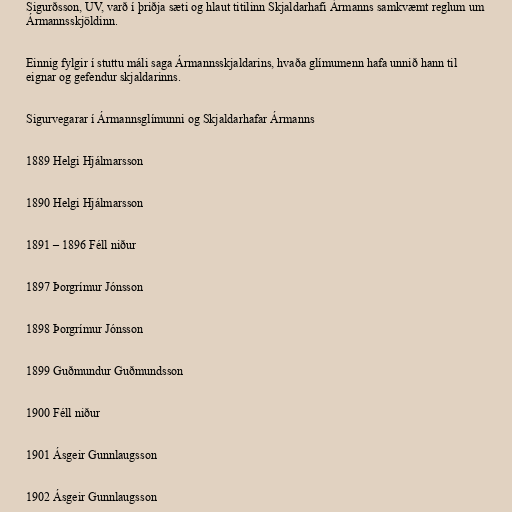
Sigurðsson, UV, varð í þriðja sæti og hlaut titilinn Skjaldarhafi Ármanns samkvæmt reglum um
Ármannsskjöldinn.

Einnig fylgir í stuttu máli saga Ármannsskjaldarins, hvaða glímumenn hafa unnið hann til
eignar og gefendur skjaldarinns.

Sigurvegarar í Ármannsglímunni og Skjaldarhafar Ármanns

1889 Helgi Hjálmarsson

1890 Helgi Hjálmarsson

1891 – 1896 Féll niður

1897 Þorgrímur Jónsson

1898 Þorgrímur Jónsson

1899 Guðmundur Guðmundsson

1900 Féll niður

1901 Ásgeir Gunnlaugsson

1902 Ásgeir Gunnlaugsson